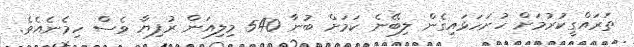
ތަރައްގީކުރުމަށް ހުށަހަޅައިގެން ލިބޭނެ ކަމަށް ބުނާ 540 މިލިއަން ރުފިޔާ ވެސް ހިމެނެއެވެ.